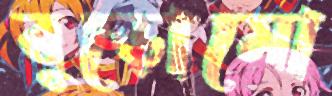
বুড়োমো